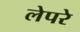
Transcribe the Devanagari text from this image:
लेपरे